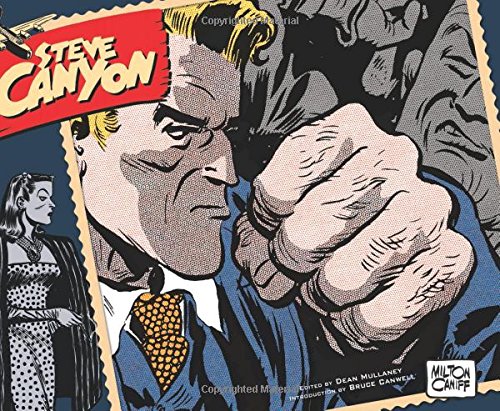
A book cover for Steve Canyon Volume 1: 1947-1948 (Steve Canyon Hc); Milton Caniff; Humor & Entertainment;